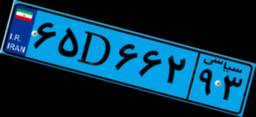
۶۵D۶۶۲۹۳